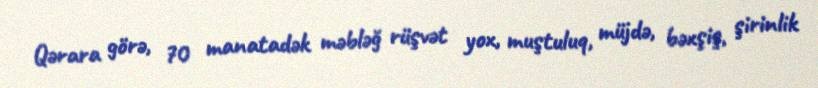
Qərara görə, 70 manatadək məbləğ rüşvət yox, muştuluq, müjdə, bəxşiş, şirinlik